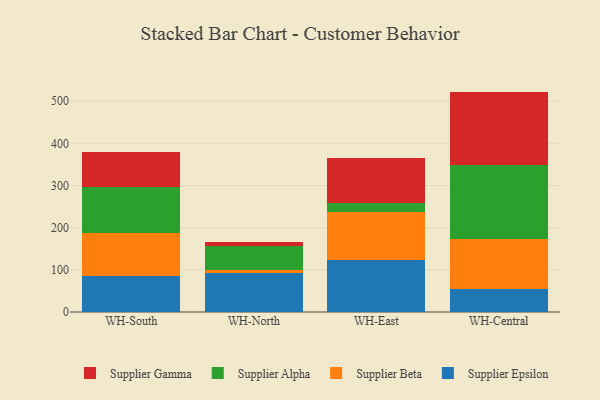
{"axis": {"x": "Warehouse", "y": "Shipments"}, "legend": ["Supplier Alpha", "Supplier Beta", "Supplier Epsilon", "Supplier Gamma"], "data": [{"x": "WH-South", "y": 84.8, "type": "Supplier Epsilon"}, {"x": "WH-South", "y": 103.2, "type": "Supplier Beta"}, {"x": "WH-South", "y": 109.4, "type": "Supplier Alpha"}, {"x": "WH-South", "y": 81.7, "type": "Supplier Gamma"}, {"x": "WH-North", "y": 92.0, "type": "Supplier Epsilon"}, {"x": "WH-North", "y": 6.6, "type": "Supplier Beta"}, {"x": "WH-North", "y": 57.7, "type": "Supplier Alpha"}, {"x": "WH-North", "y": 10.6, "type": "Supplier Gamma"}, {"x": "WH-East", "y": 122.4, "type": "Supplier Epsilon"}, {"x": "WH-East", "y": 115.5, "type": "Supplier Beta"}, {"x": "WH-East", "y": 21.5, "type": "Supplier Alpha"}, {"x": "WH-East", "y": 106.1, "type": "Supplier Gamma"}, {"x": "WH-Central", "y": 54.5, "type": "Supplier Epsilon"}, {"x": "WH-Central", "y": 119.1, "type": "Supplier Beta"}, {"x": "WH-Central", "y": 174.2, "type": "Supplier Alpha"}, {"x": "WH-Central", "y": 174.9, "type": "Supplier Gamma"}]}